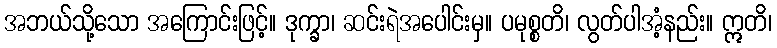
အဘယ်သို့သော အကြောင်းဖြင့်။ ဒုက္ခာ၊ ဆင်းရဲအပေါင်းမှ။ ပမုစ္စတိ၊ လွတ်ပါအံ့နည်း။ ဣတိ၊